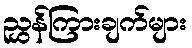
ညွှန်ကြားချက်များ